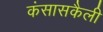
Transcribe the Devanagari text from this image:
कंसासकैली